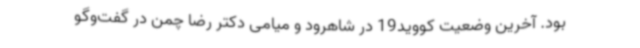
بود. آخرین وضعیت کووید19 در شاهرود و میامی دکتر رضا چمن در گفت‌وگو